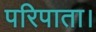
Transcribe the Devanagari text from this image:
परिपाता।